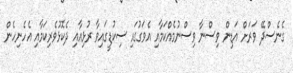
ގެނެސްދޭ ވަރަށް އަޑިން ވިސްނާ ވިސްނުމެއްކަމާއި އެވަގުގައި ސިކުޑީގައިވާ ރުޅިއާއި ދެކޮޅުވެރިކަމާއި އެހެނިހެން